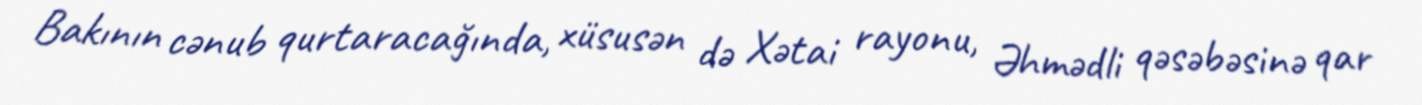
Bakının cənub qurtaracağında, xüsusən də Xətai rayonu, Əhmədli qəsəbəsinə qar